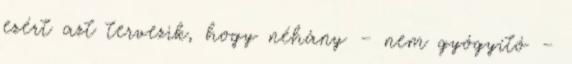
ezért azt tervezik, hogy néhány – nem gyógyító –